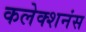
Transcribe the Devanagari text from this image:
कलेक्शनंस